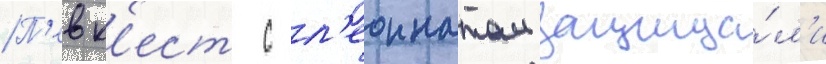
П'евк'ест с л'еоннатом защища́л'и